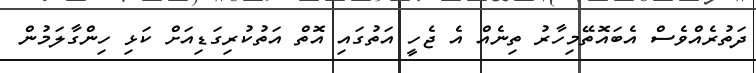
ދަތުރެއްވެސް އެބައޮތޭމިހާރު ތިނެއް އެ ޖެެެހީ އަތުގައި އޮތް އަތުކުރިގަޑިއަށް ކަޅި ހިންގާލަމުން